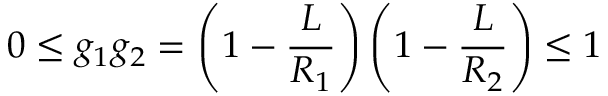
0 \le g _ { 1 } g _ { 2 } = \left( 1 - \frac { L } { R _ { 1 } } \right) \left( 1 - \frac { L } { R _ { 2 } } \right) \le 1